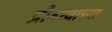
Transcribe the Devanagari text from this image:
प्रौढत्वाच्या